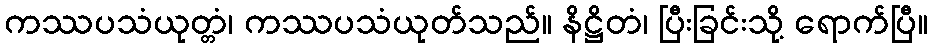
ကဿပသံယုတ္တံ၊ ကဿပသံယုတ်သည်။ နိဋ္ဌိတံ၊ ပြီးခြင်းသို့ ရောက်ပြီ။